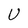
Character: U